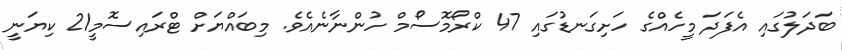
ބަދަލުގައި އެފަދަ މީހެއްގެ ހަށިގަނޑުގައި 47 ކްރޯމޮސޯމް ހުންނާނެއެވެ. މިބައްޔަށް ޓްރައިސޮމީ21 ކިޔަނީ